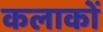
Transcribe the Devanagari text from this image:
कलाकों